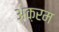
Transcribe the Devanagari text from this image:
अक़रम